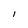
Character: I